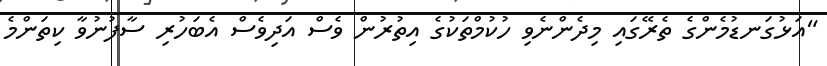
"އަޅުގަނޑުމެންގެ ތެރޭގައި މިދެންނެވި ހުކުމްތަކުގެ އިތުރުން ވެސް އަދިވެސް އެބަހުރި ސާފުނުވާ ކިތަންމެ